Plague in India, 1896, 1897 - Volume 3
Year: 1896
Disease focus: Plague
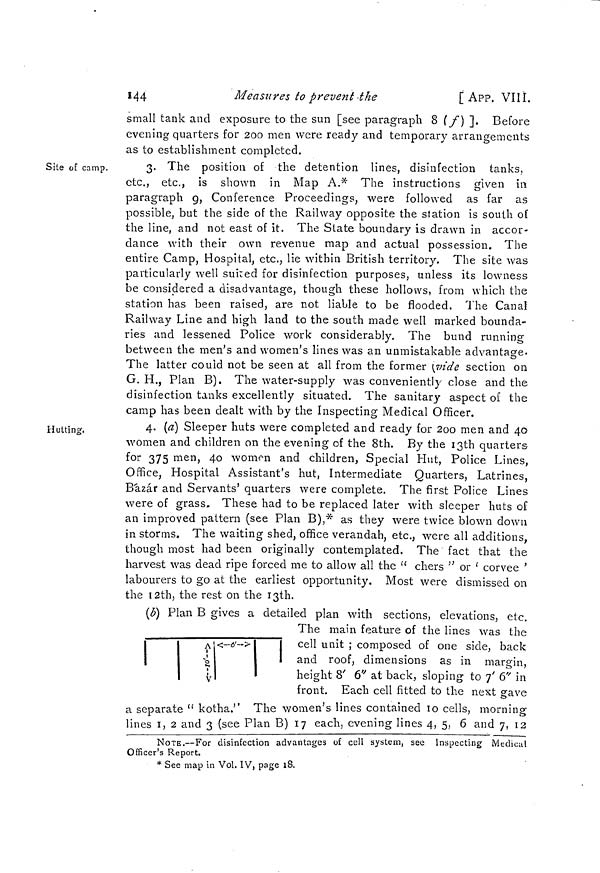
144
Measures to prevent the
[ APP. VIII.
small tank and exposure to the sun [see paragraph 8 (f) ]. Before
evening quarters for 200 men were ready and temporary arrangements
as to establishment completed.
Site of camp.
3. The position of the detention lines, disinfection tanks,
etc., etc., is shown in Map A.* The instructions given in
paragraph 9, Conference Proceedings, were followed as far as
possible, but the side of the Railway opposite the station is south of
the line, and not east of it. The State boundary is drawn in accor-
dance with their own revenue map and actual possession. The
entire Camp, Hospital, etc., lie within British territory. The site was
particularly well suited for disinfection purposes, unless its lowness
be considered a disadvantage, though these hollows, from which the
station has been raised, are not liable to be flooded. The Canal
Railway Line and high land to the south made well marked bounda-
ries and lessened Police work considerably. The bund running
between the men's and women's lines was an unmistakable advantage.
O
The latter could not be seen at all from the former (vide section on
G. H., Plan B). The water-supply was conveniently close and the
disinfection tanks excellently situated. The sanitary aspect of the
camp has been dealt with by the Inspecting Medical Officer.
Hutting.
4. (a) Sleeper huts were completed and ready for 2oo men and 40
women and children on the evening of the 8th. By the 13th quarters
for 375 men, 40 women and children, Special Hut, Police Lines,
Office, Hospital Assistant's hut, Intermediate Quarters, Latrines,
Bázár and Servants' quarters were complete. The first Police Lines
were of grass. These had to be replaced later with sleeper huts of
an improved pattern (see Plan B),* as they were twice blown down
in storms. The waiting shed, office verandah, etc., were all additions,
though most had been originally contemplated. The fact that the
harvest was dead ripe forced me to allow all the " chers " or ' corvee '
labourers to go at the earliest opportunity. Most were dismissed on
the 12th, the rest on the 13th.
(b] Plan B gives a detailed plan with sections, elevations, etc,
The main feature of the lines was the
cell unit ; composed of one side, back
and roof, dimensions as in margin,
height 8' 6" at back, sloping to 7' 6" in
front. Each cell fitted to the next gave
a separate " kotha." The women's lines contained 10 cells, morning
lines 1, 2 and 3 (see Plan B) 17 each, evening lines 4, 5, 6 and 7, 12
NOTE.—For disinfection advantages of cell system, see Inspecting Medical
Officer's Report.
* See map in Vol. IV, page 18.